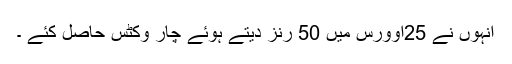
انہوں نے 25اوورس میں 50 رنز دیتے ہوئے چار وکٹس حاصل کئے ۔